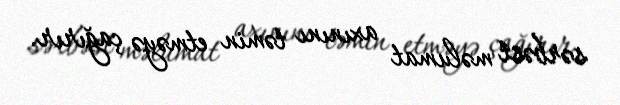
sərbəst məlumat axınını təmin etməyə çağırır.